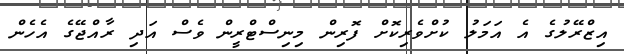
އިޒްރޭލުގެ އެ އަމަލު ކުށްވެރިކޮށް ފޮރިން މިނިސްޓްރީން ވެސް އަދި ރާއްޖޭގެ އެހެން